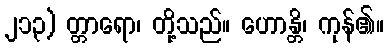
၂၁၃) တ္တာရော၊ တို့သည်။ ဟောန္တိ၊ ကုန်၏။